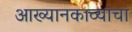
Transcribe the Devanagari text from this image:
आख्यानकाव्याचा